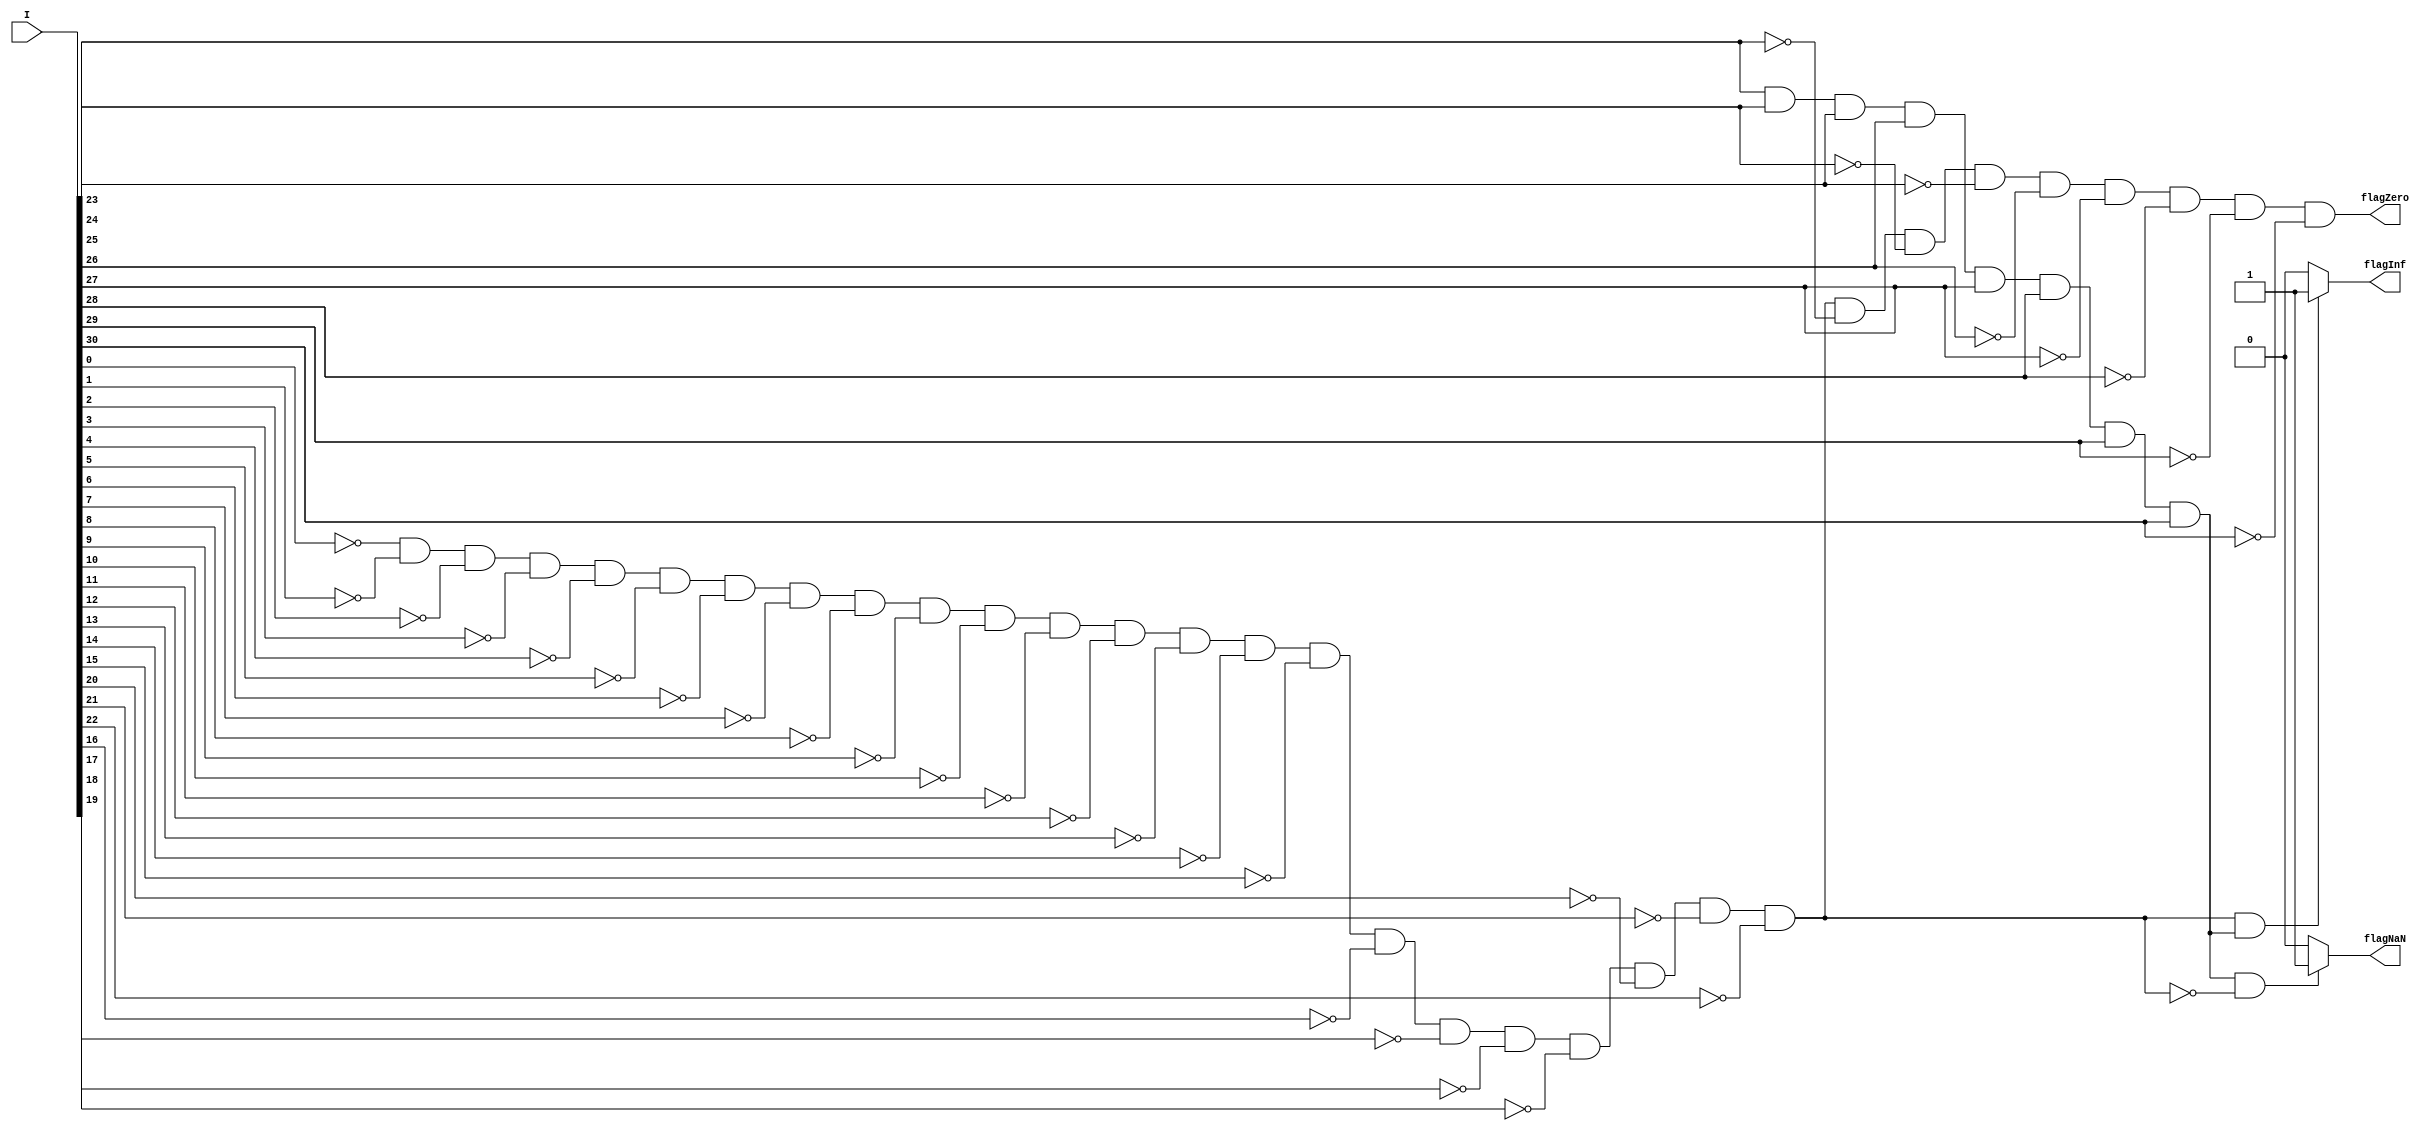
module checkspecial(I,flagInf,flagNaN,flagZero);	
	input	[31:0]I;
	output	flagZero,flagInf, flagNaN;

	wire	zeroFrac,oneExp;

	assign	flagZero=~I[0]&~I[1]&~I[2]&~I[3]&~I[4]&~I[5]&~I[6]&~I[7]
		       		&~I[8]&~I[9]&~I[10]&~I[11]&~I[12]&~I[13]&~I[14]&~I[15]
		       		&~I[16]&~I[17]&~I[18]&~I[19]&~I[20]&~I[21]&~I[22]&~I[23]
		       		&~I[24]&~I[25]&~I[26]&~I[27]&~I[28]&~I[29]&~I[30];

	assign	zeroFrac=~I[0]&~I[1]&~I[2]&~I[3]&~I[4]&~I[5]&~I[6]&~I[7]
		       		&~I[8]&~I[9]&~I[10]&~I[11]&~I[12]&~I[13]&~I[14]&~I[15]
		       		&~I[16]&~I[17]&~I[18]&~I[19]&~I[20]&~I[21]&~I[22];

	assign	oneExp=I[23]&I[24]&I[25]&I[26]&I[27]&I[28]&I[29]&I[30];

	assign	flagNaN=(oneExp==1&&zeroFrac==0)?1:0;
	assign	flagInf=(zeroFrac&oneExp)?1:0;
endmodule